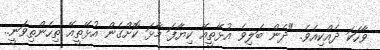
ވާހަކަ ދެއްކިއެވެ. "ދެން ބަލިވެ އުޅޭތީއޭ ކިޔާފަ މާޅަ ކޮށްގެން އުޅޭތީއޭ ތިހެންތިވަނީ..